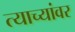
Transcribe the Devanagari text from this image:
त्याच्यांवर